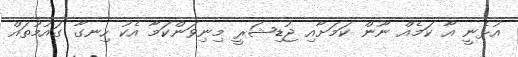
އުޅެނީ އާ ކަމެއް ނޫން ކަމަށާއި ޖުޑިޝަރީ މިނިވަންކަމާ އެކު ހިނގާ ގައުމުތައް